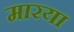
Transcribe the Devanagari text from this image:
मारया